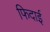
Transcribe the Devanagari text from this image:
फिदाई